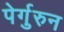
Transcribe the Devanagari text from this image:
पेर्गुरुन